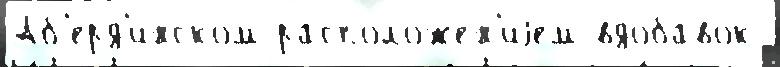
Аб'ерд'инском расположе́н'иjем вдоба́вок